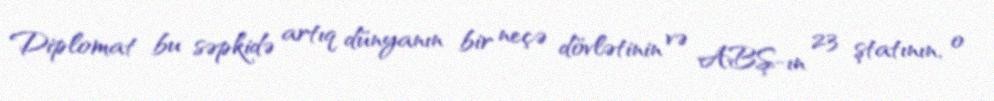
Diplomat bu səpkidə artıq dünyanın bir neçə dövlətinin və ABŞ-ın 23 ştatının, o